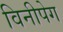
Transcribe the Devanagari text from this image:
विनीपेग